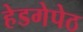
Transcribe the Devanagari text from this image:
हेडगेपेठ